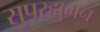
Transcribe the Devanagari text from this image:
सुपरह्युमन